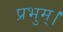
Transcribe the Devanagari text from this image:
प्रभुम्।